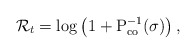
\begin{align*} \mathcal{R}_t = \log \left( 1+ \textrm{P}_\textrm{co}^{-1}(\sigma) \right),\end{align*}